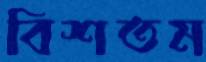
বিশতম